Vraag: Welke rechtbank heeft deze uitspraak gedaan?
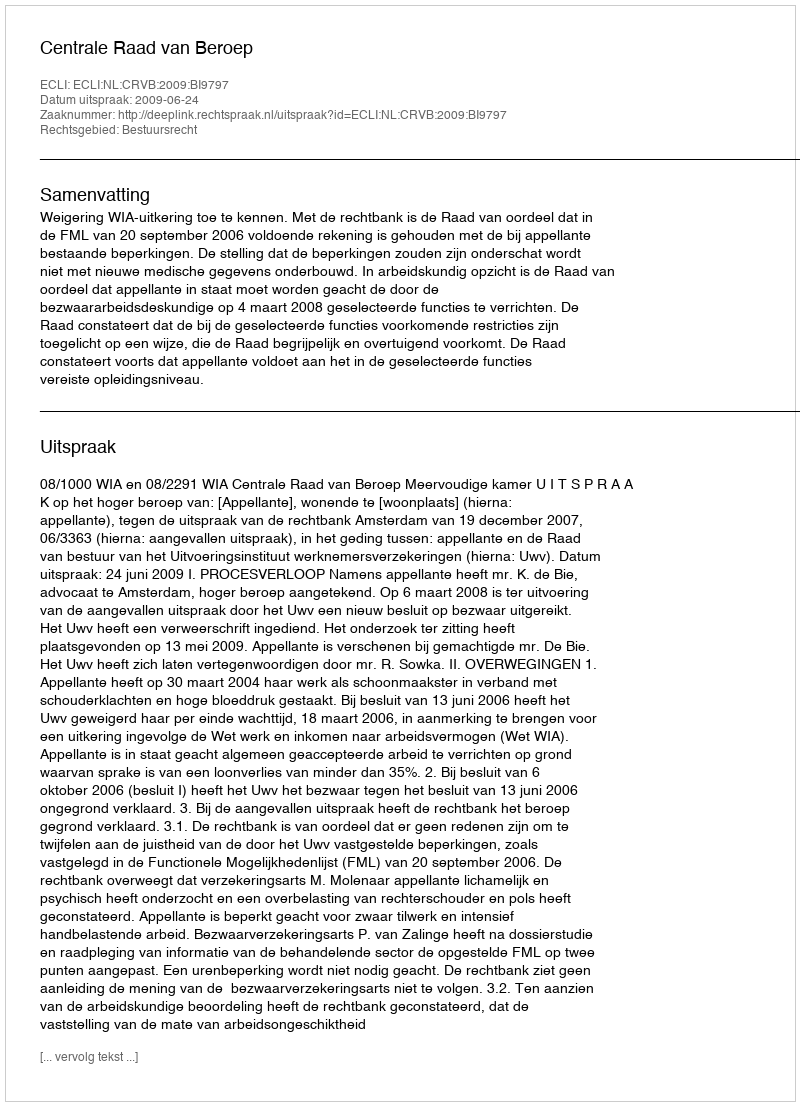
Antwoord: Centrale Raad van Beroep